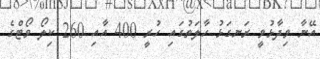
އޭނާ ވިދާޅުވީ ރަނގަޅު ހާލަތުގައި ހުރީ 400 އާއި 260 ކިލޯ ވޯޓްގެ